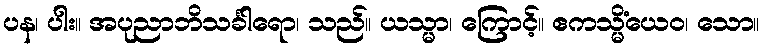
ပန၊ ပါး။ အပုညာဘိသင်္ခါရော၊ သည်။ ယသ္မာ၊ ကြောင့်။ ဧကသ္မိံယေဝ၊ သော။